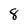
Character: 8